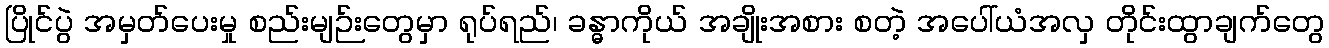
ပြိုင်ပွဲ အမှတ်ပေးမှု စည်းမျဉ်းတွေမှာ ရုပ်ရည်၊ ခန္ဓာကိုယ် အချိုးအစား စတဲ့ အပေါ်ယံအလှ တိုင်းထွာချက်တွေ